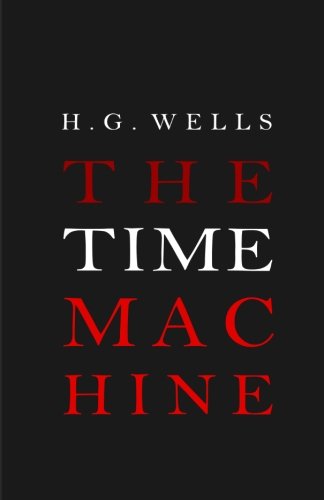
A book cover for The Time Machine; H. G. Wells; Literature & Fiction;